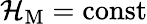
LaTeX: \mathcal{H}_{\mathrm{M}}=\mathrm{const}{}